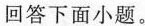
回答下面小题。